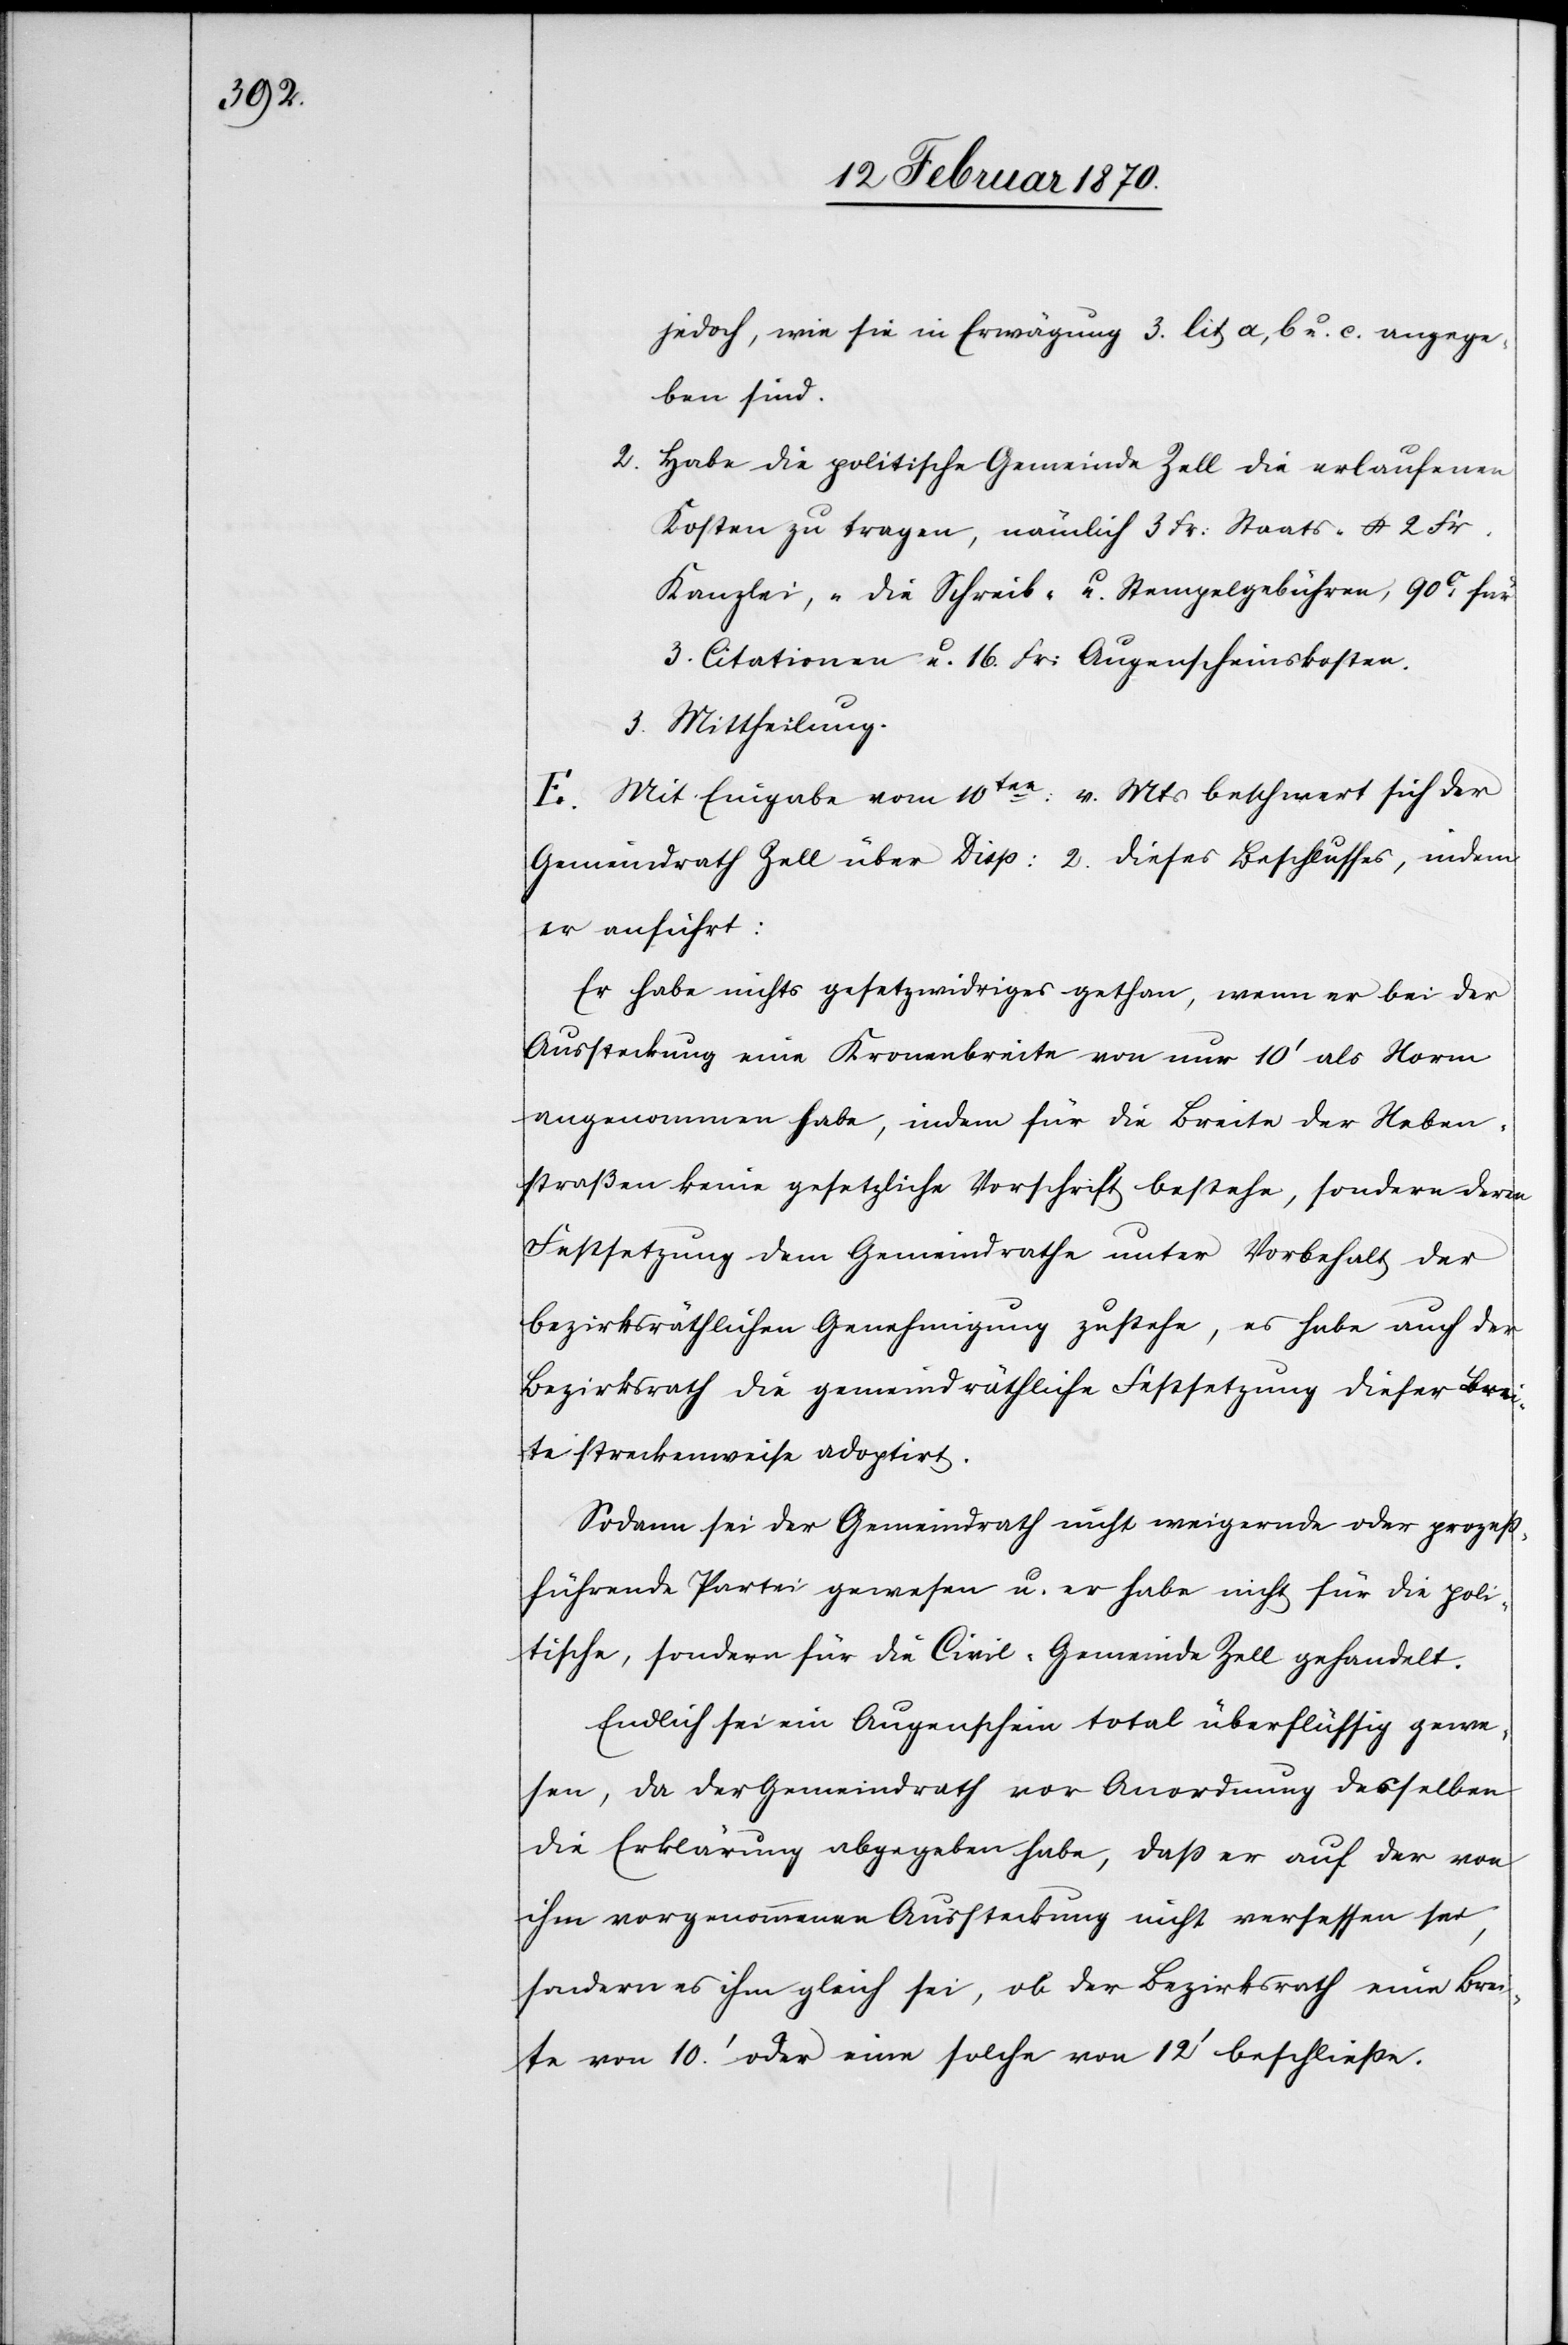
jedoch, wie sie in Erwägung 3. lit a, b. u. c. angege¬
ben sind.
2. Habe die politische Gemeinde Zell die erlaufenen
Kosten zu tragen, nämlich 3 Fr: Staats- u. 2 Fr.
Kanzlei-, die Schreib- u. Stempelgebühren, 90c für
3. Citationen u. 16. Fr: Augenscheinskosten.
3. Mittheilung.
E. Mit Eingabe vom 10ten: v. Mts beschwert sich der
Gemeindrath Zell über Disp: 2. dieses Beschlusses, indem
er anführt:
Er habe nichts gesetzwidriges gethan, wenn er bei der
Aussteckung eine Kronenbreite von nur 10’ als Norm
angenommen haben, indem für die Breite der Neben¬
straßen keine gesetzliche Vorschrift bestehe, sondern deren
Festsetzung dem Gemeindrathe unter Vorbehalt der
bezirksräthlichen Genehmigung zustehe, es habe auch der
Bezirksrath die gemeindräthliche Festsetzung dieser Brei¬
te streckenweise adoptirt.
Sodann sei der Gemeindrath nicht weigernde oder prozeß¬
führende Partei gewesen u. er habe nicht für die poli¬
tische, sondern für die Civil-Gemeinde Zell gehandelt.
Endlich sei ein Augenschein total überflüssig gewe¬
sen, da der Gemeindrath vor Anordnung desselben
die Erklärung abgegeben habe, daß er auf der von
ihm vorgenommenen Aussteckung nicht versessen sei,
sondern es ihm gleich sei, ob der Bezirksrath eine Brei¬
te von 10.’ oder eine solche von 12’ beschliesse.